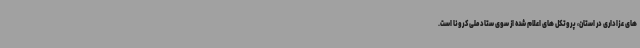
های عزاداری در استان، پروتکل های اعلام شده از سوی ستاد ملی کرونا است.